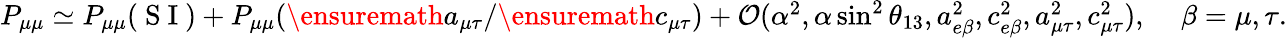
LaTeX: \begin{array}{r}{P_{\mu\mu}\simeq P_{\mu\mu}(\mathrm{~S~I~})+P_{\mu\mu}(\ensuremath{a_{\mu\tau}}/\ensuremath{c_{\mu\tau}})+\mathcal{O}(\alpha^{2},\alpha\sin^{2}\theta_{13},a_{e\beta}^{2},c_{e\beta}^{2},a_{\mu\tau}^{2},c_{\mu\tau}^{2}),\, \, \, \, \, \, \, \beta=\mu,\tau.}\end{array}